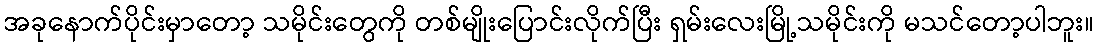
အခုနောက်ပိုင်းမှာတော့ သမိုင်းတွေကို တစ်မျိုးပြောင်းလိုက်ပြီး ရှမ်းလေးမြို့သမိုင်းကို မသင်တော့ပါဘူး။